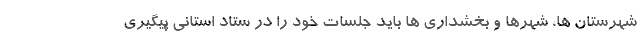
شهرستان ها، شهرها و بخشداری ها باید جلسات خود را در ستاد استانی پیگیری